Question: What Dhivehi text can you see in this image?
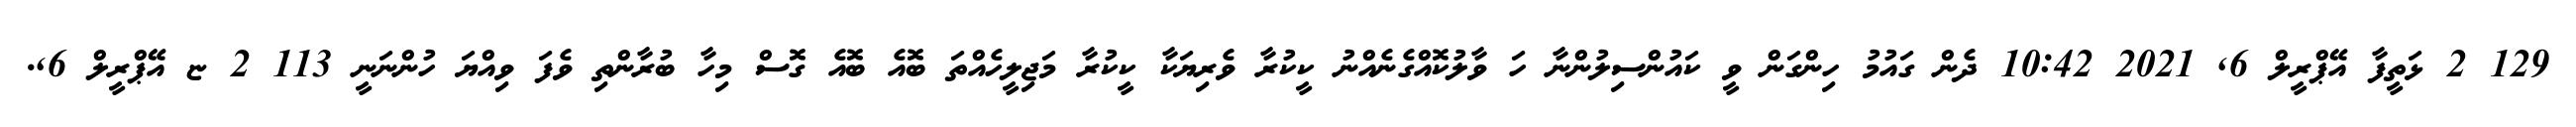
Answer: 129 2 ޅަތީފާ އޭޕްރީލް 6, 2021 10:42 ދެން ގައުމު ހިންގަން ވީ ކައުންސިލުންނާ ހަ ވާލުކޮއްގެނެއްނު ކީކުރާ ވެރިޔަކާ ކީކުރާ މަޖިލީހެއްތަ ބޮއެ ބޮއެ ގޮސް މިހާ ބުރާންތި ވެފަ ވިއްޔަ ހުންނަނީ 113 2 ޏ އޭޕްރީލް 6,.